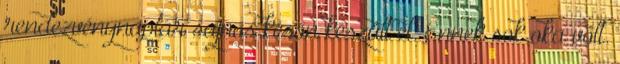
rendezvénynaptár sajnos későn készült el. Ennek sok oka volt.